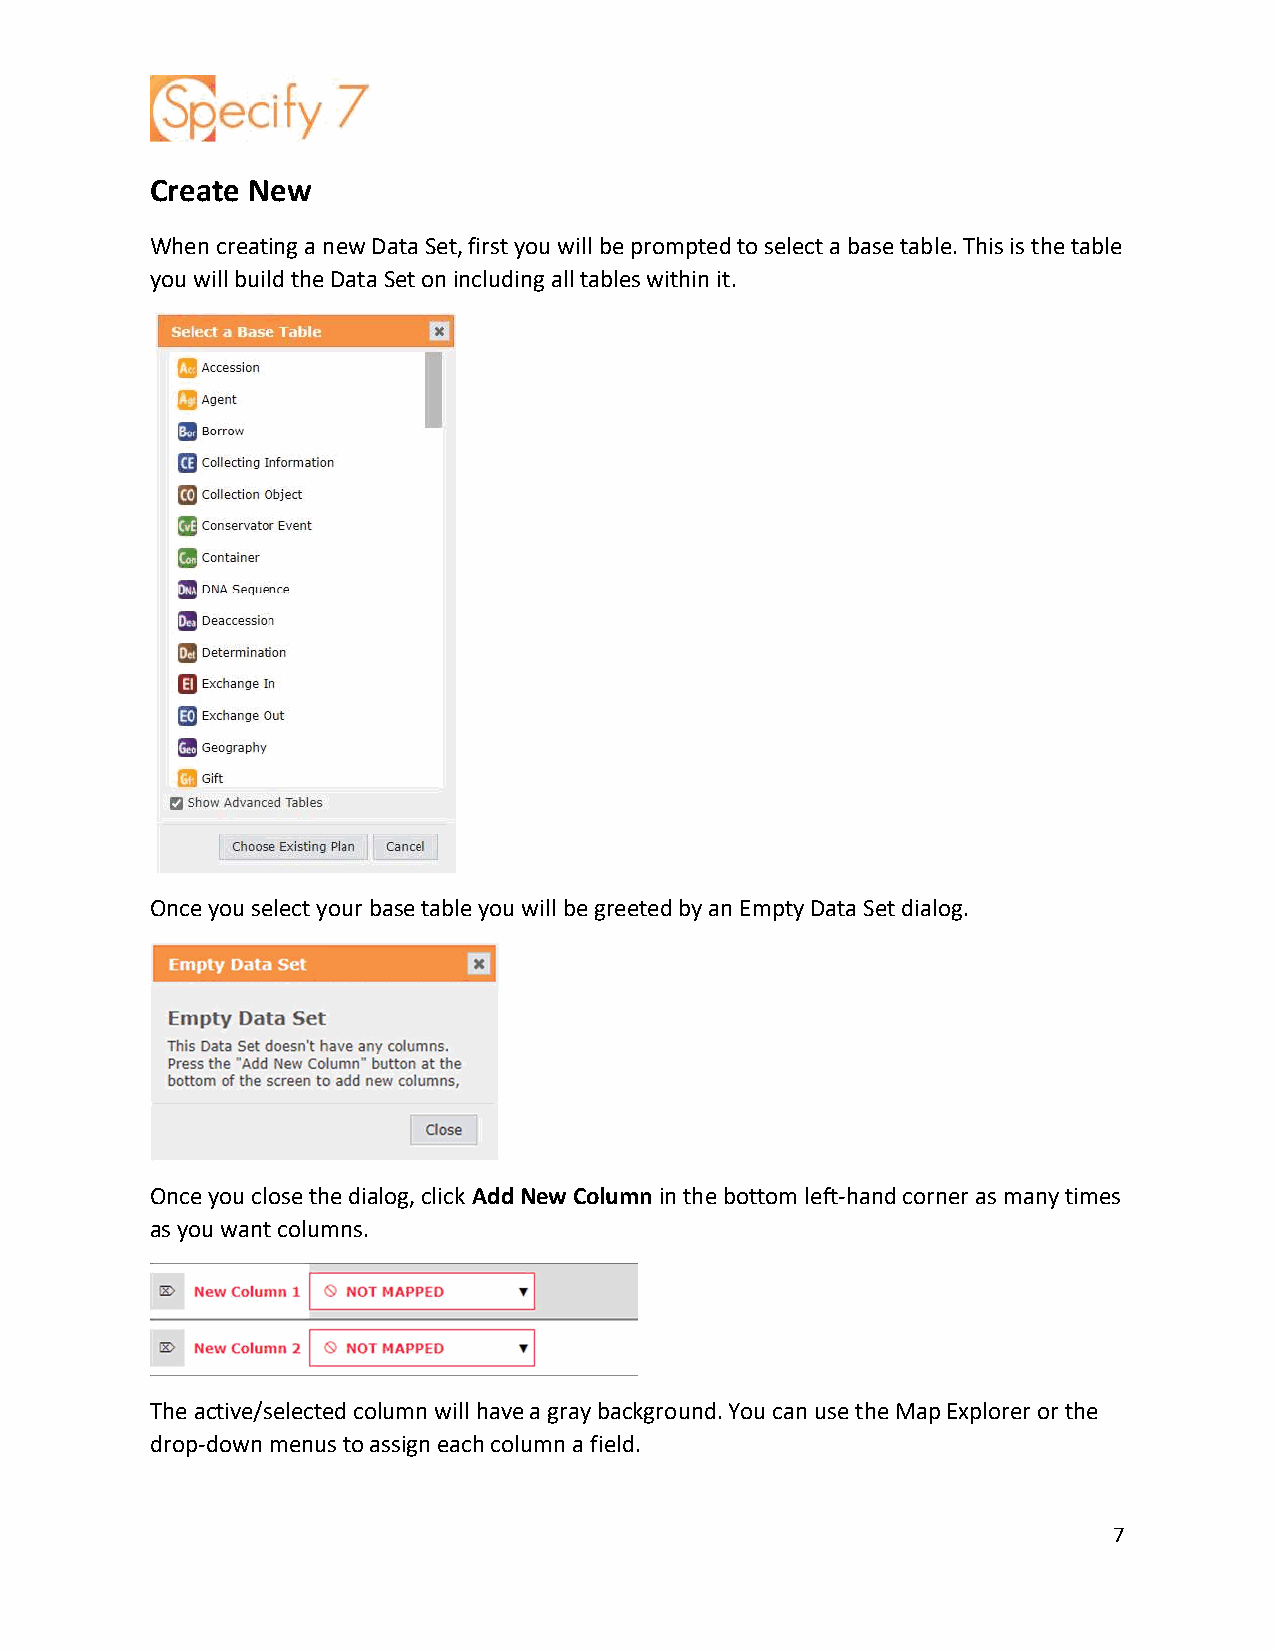
Create New
 When creating a new Data Set, first you will be prompted to select a base table. This is the table
 you will build the Data Set on including all tables within it.
 Once you select your base table you will be greeted by an Empty Data Set dialog.
 Once you close the dialog, click Add New Column in the bottom left-hand corner as many times
 as you want columns.
 The active/selected column will have a gray background. You can use the Map Explorer or the
 drop-down menus to assign each column a field.
 7